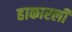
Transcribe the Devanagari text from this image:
हाकारली